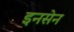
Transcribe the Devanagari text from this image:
इनसेन